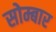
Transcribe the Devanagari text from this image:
सोम्बार